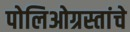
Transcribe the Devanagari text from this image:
पोलिओग्रस्तांचे